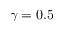
\gamma = 0 . 5